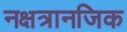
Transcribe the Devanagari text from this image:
नक्षत्रानजिक